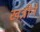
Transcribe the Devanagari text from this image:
खत्रीने